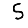
Digit: 5